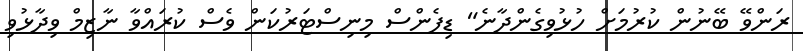
ރަންވޭ ބޭނުން ކުރުމަށް ހުޅުވިގެންދާނެ" ޑިފެންސް މިނިސްޓަރުކަން ވެސް ކުރައްވާ ނާޒިމް ވިދާޅުވި